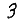
Digit: 3